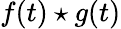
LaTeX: f(t)\star g(t)